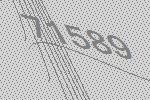
71589